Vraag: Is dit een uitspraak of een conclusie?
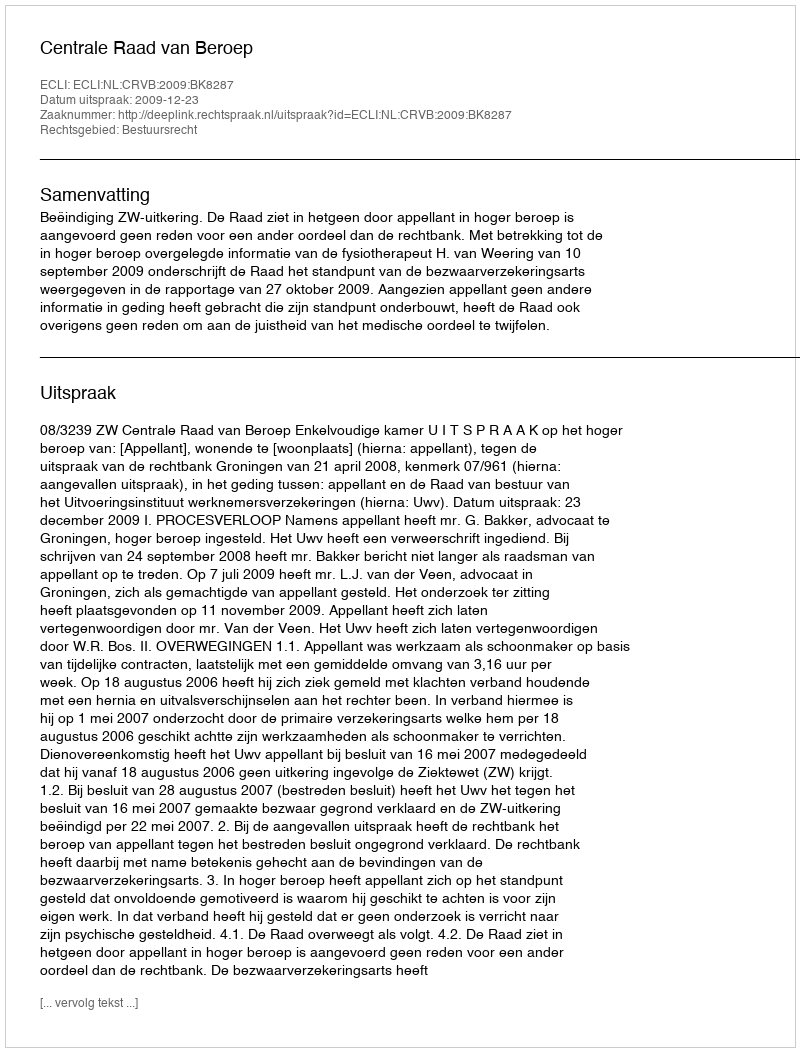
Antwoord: Uitspraak